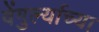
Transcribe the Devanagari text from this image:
वेंगुर्ल्याच्या